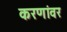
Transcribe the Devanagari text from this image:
करणांवर